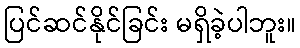
ပြင်ဆင်နိုင်ခြင်း မရှိခဲ့ပါဘူး။